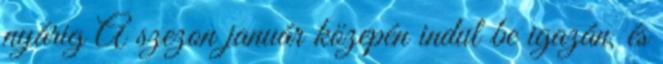
nyárig A szezon január közepén indul be igazán, és